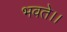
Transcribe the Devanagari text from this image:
भवते।।